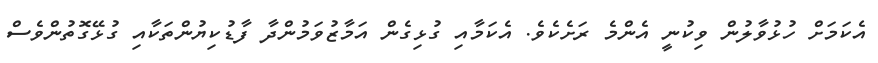
އެކަމަށް ހުޅުވާލުން ވިކުނީ އެންމެ ރަށެކެވެ. އެކަމާއި ގުޅިގެން އަމާޒުވަމުންދާ ފާޑުކިޔުންތަކާއި ގުޅޭގޮތުންވެސް